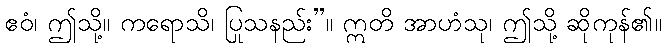
ဧဝံ၊ ဤသို့။ ကရောသိ၊ ပြုသနည်း”။ ဣတိ အာဟံသု၊ ဤသို့ ဆိုကုန်၏။